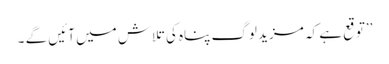
’’توقع ہے کہ مزید لوگ پناہ کی تلاش میں آئیں گے ۔